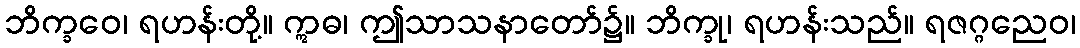
ဘိက္ခဝေ၊ ရဟန်းတို့။ ဣဓ၊ ဤသာသနာတော်၌။ ဘိက္ခု၊ ရဟန်းသည်။ ရဇဂ္ဂညေဝ၊